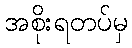
အစိုးရတပ်မှ